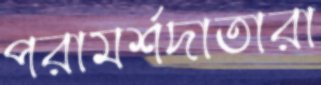
পরামর্শদাতারা